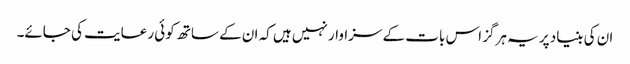
ان کی بنیاد پر یہ ہرگز اس بات کے سزاوار نہیں ہیں کہ ان کے ساتھ کوئی رعایت کی جائے۔